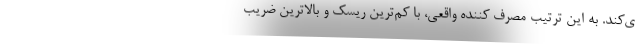
ی‌کند. به این ترتیب مصرف کننده واقعی، با کم‌ترین ریسک و بالاترین ضریب